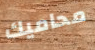
محاميك